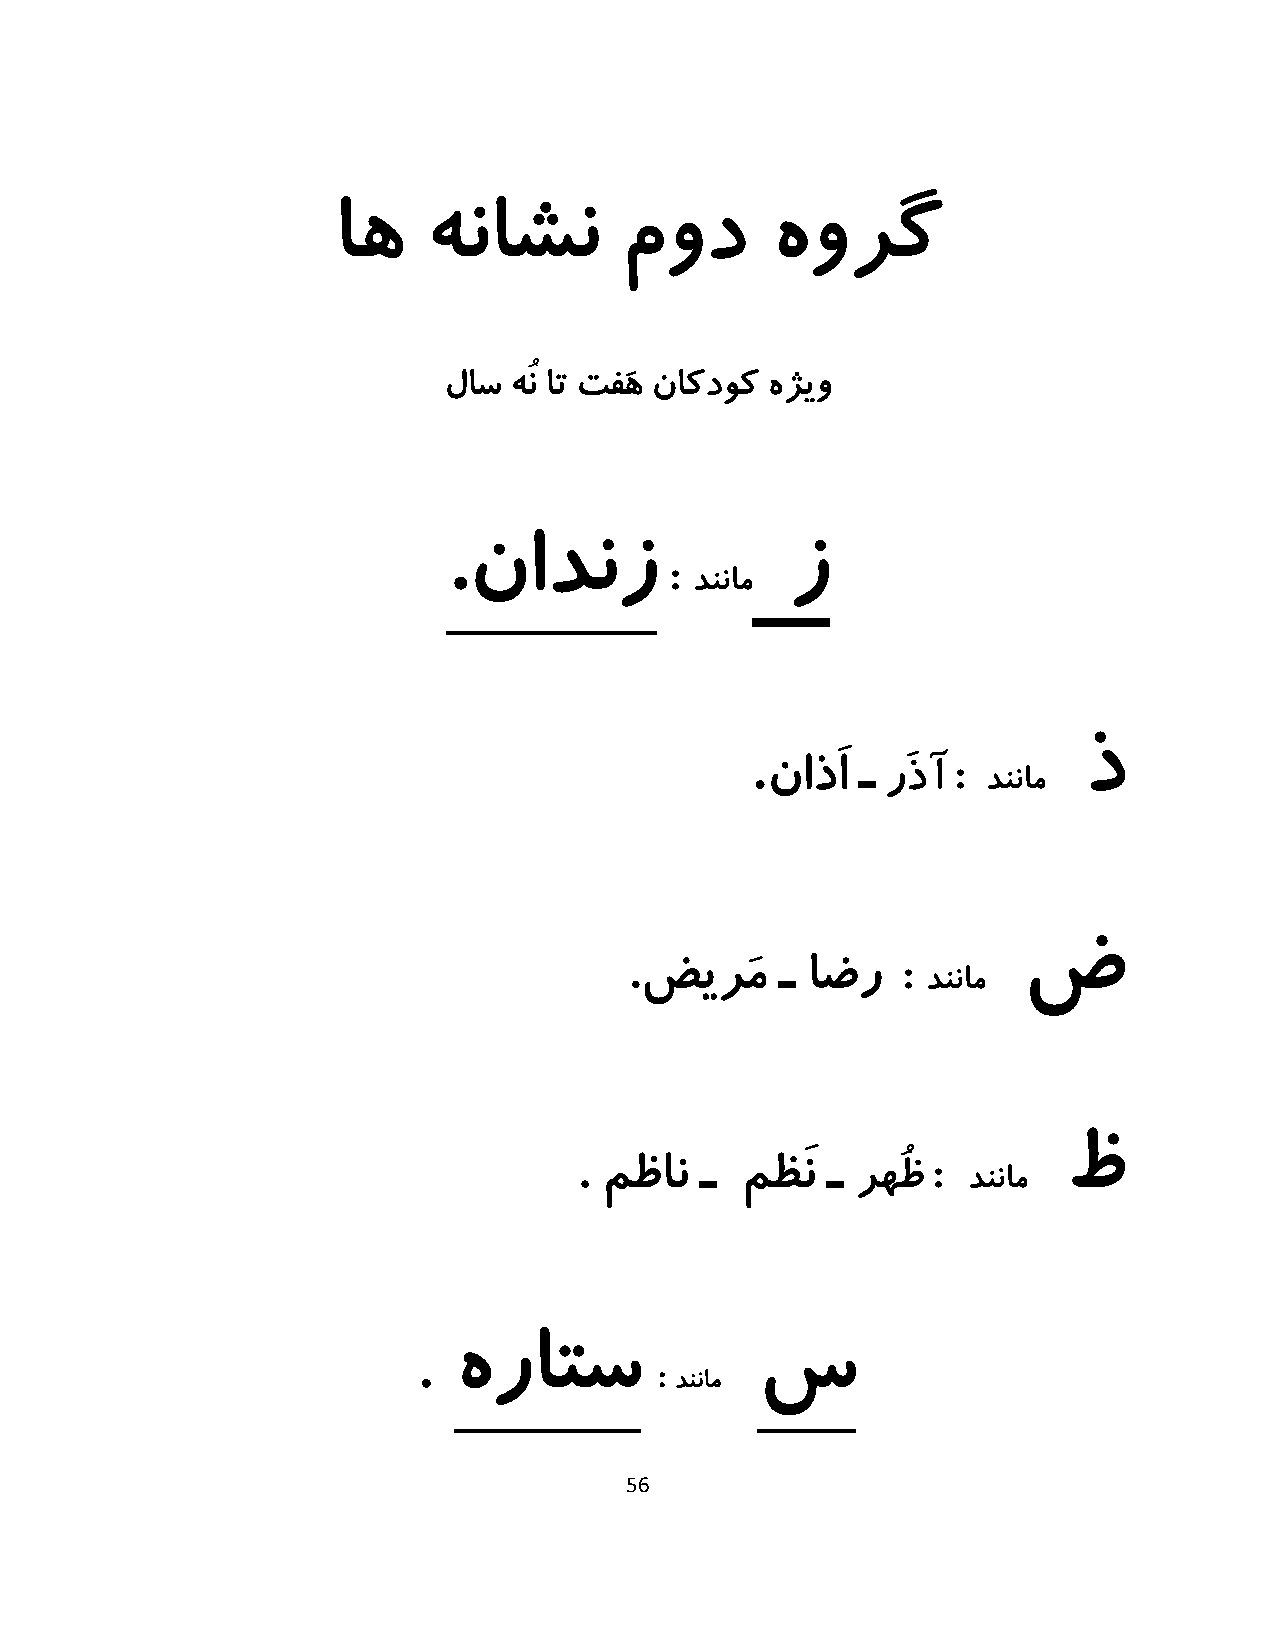
اه    هناشن        مود       هورگ
 لاس  هُن ات تفَه ناکدوک هژیو
 .نادنز        :       ز
 دننام
 .
 :        ذ
 ناذَا ـ رَذآ  دننام
 :       ض
 .ضیرَم    ـ اضر
 دننام
 :       ظ
 . مظان  ـ  مظَن  ـ رهُظ   دننام
 .
 هراتس               س
 :
 دننام
 56